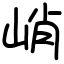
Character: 峭